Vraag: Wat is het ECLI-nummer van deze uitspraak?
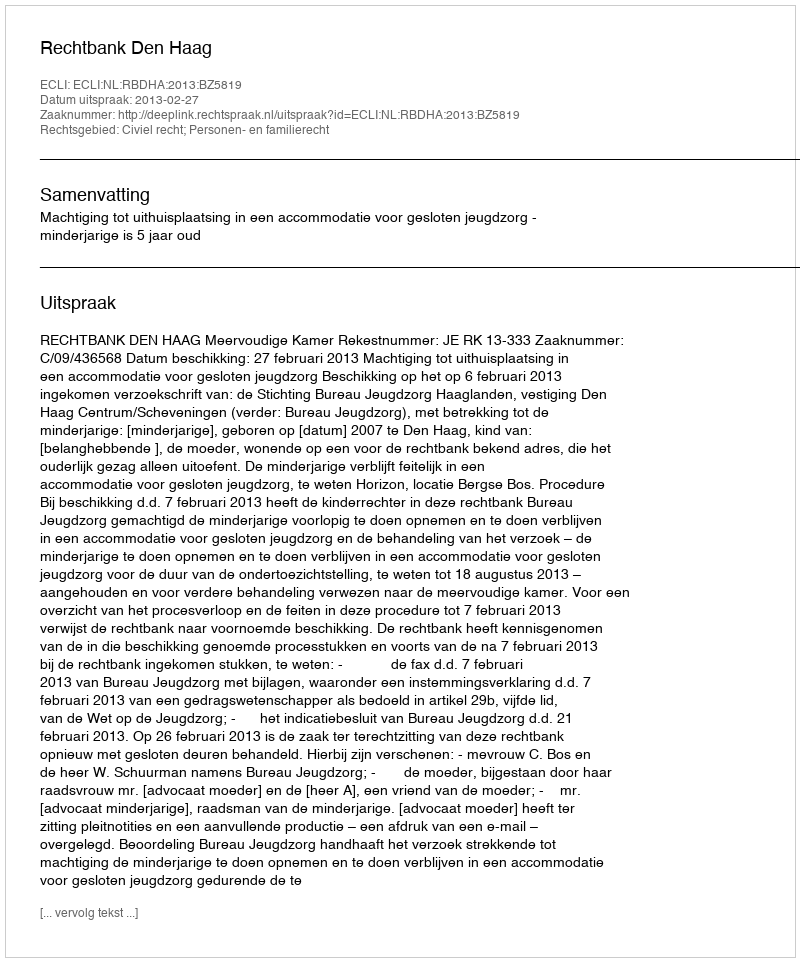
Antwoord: ECLI:NL:RBDHA:2013:BZ5819